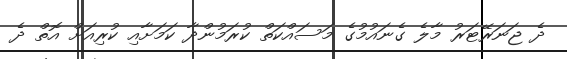
ދެ ޖަނަރޭޓަރު މާލެ ގެނައުމުގެ މަސައްކަތް ކުރަމުންދާ ކަމަށާއި ކުރިއަށް އޮތް ދެ